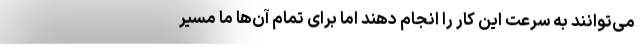
می‌توانند به سرعت این کار را انجام دهند اما برای تمام آن‌ها ما مسیر